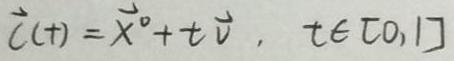
$\vec{c}(t)=\vec{x}^0 + t\vec{v},\ t\in[0,1]$